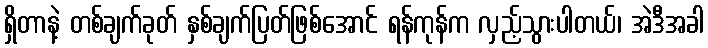
ရှိတာနဲ့ တစ်ချက်ခုတ် နှစ်ချက်ပြတ်ဖြစ်အောင် ရန်ကုန်က လှည့်သွားပါတယ်၊ အဲဒီအခါ